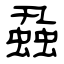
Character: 蝨